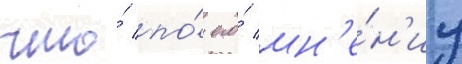
что́ по́ его́ мн'е́н'иу